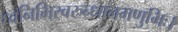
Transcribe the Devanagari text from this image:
ध्वनिभिरवरुन्धानमणुभिः।